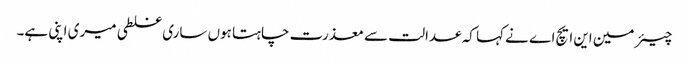
چیئر مین این ایچ اے نے کہا کہ عدالت سے معذرت چاہتا ہوں ساری غلطی میری اپنی ہے۔